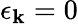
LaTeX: \mathbf{\epsilon}_{\mathbf{k}}=0